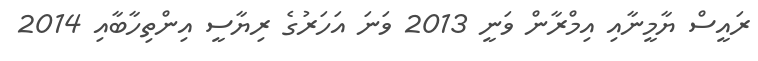
ރައީސް ޔާމީނާއި އިމްރާން ވަނީ 2013 ވަނަ އަހަރުގެ ރިޔާސީ އިންތިހާބާއި 2014